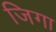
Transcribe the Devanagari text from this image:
जिगा